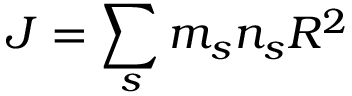
J = \sum _ { s } m _ { s } n _ { s } R ^ { 2 }